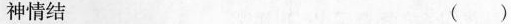
神情结 ()